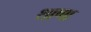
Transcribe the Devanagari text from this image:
थाणा